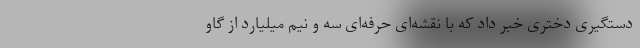
دستگیری دختری خبر داد که با نقشه‌ای حرفه‌ای سه و نیم میلیارد از گاو